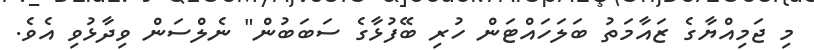
މި ޖަމިއްޔާގެ ޒައާމަތު ބަލަހައްޓަން ހުރި ބޭފުޅާގެ ސަބަބުން" ނެލްސަން ވިދާޅުވި އެވެ.